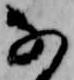
な